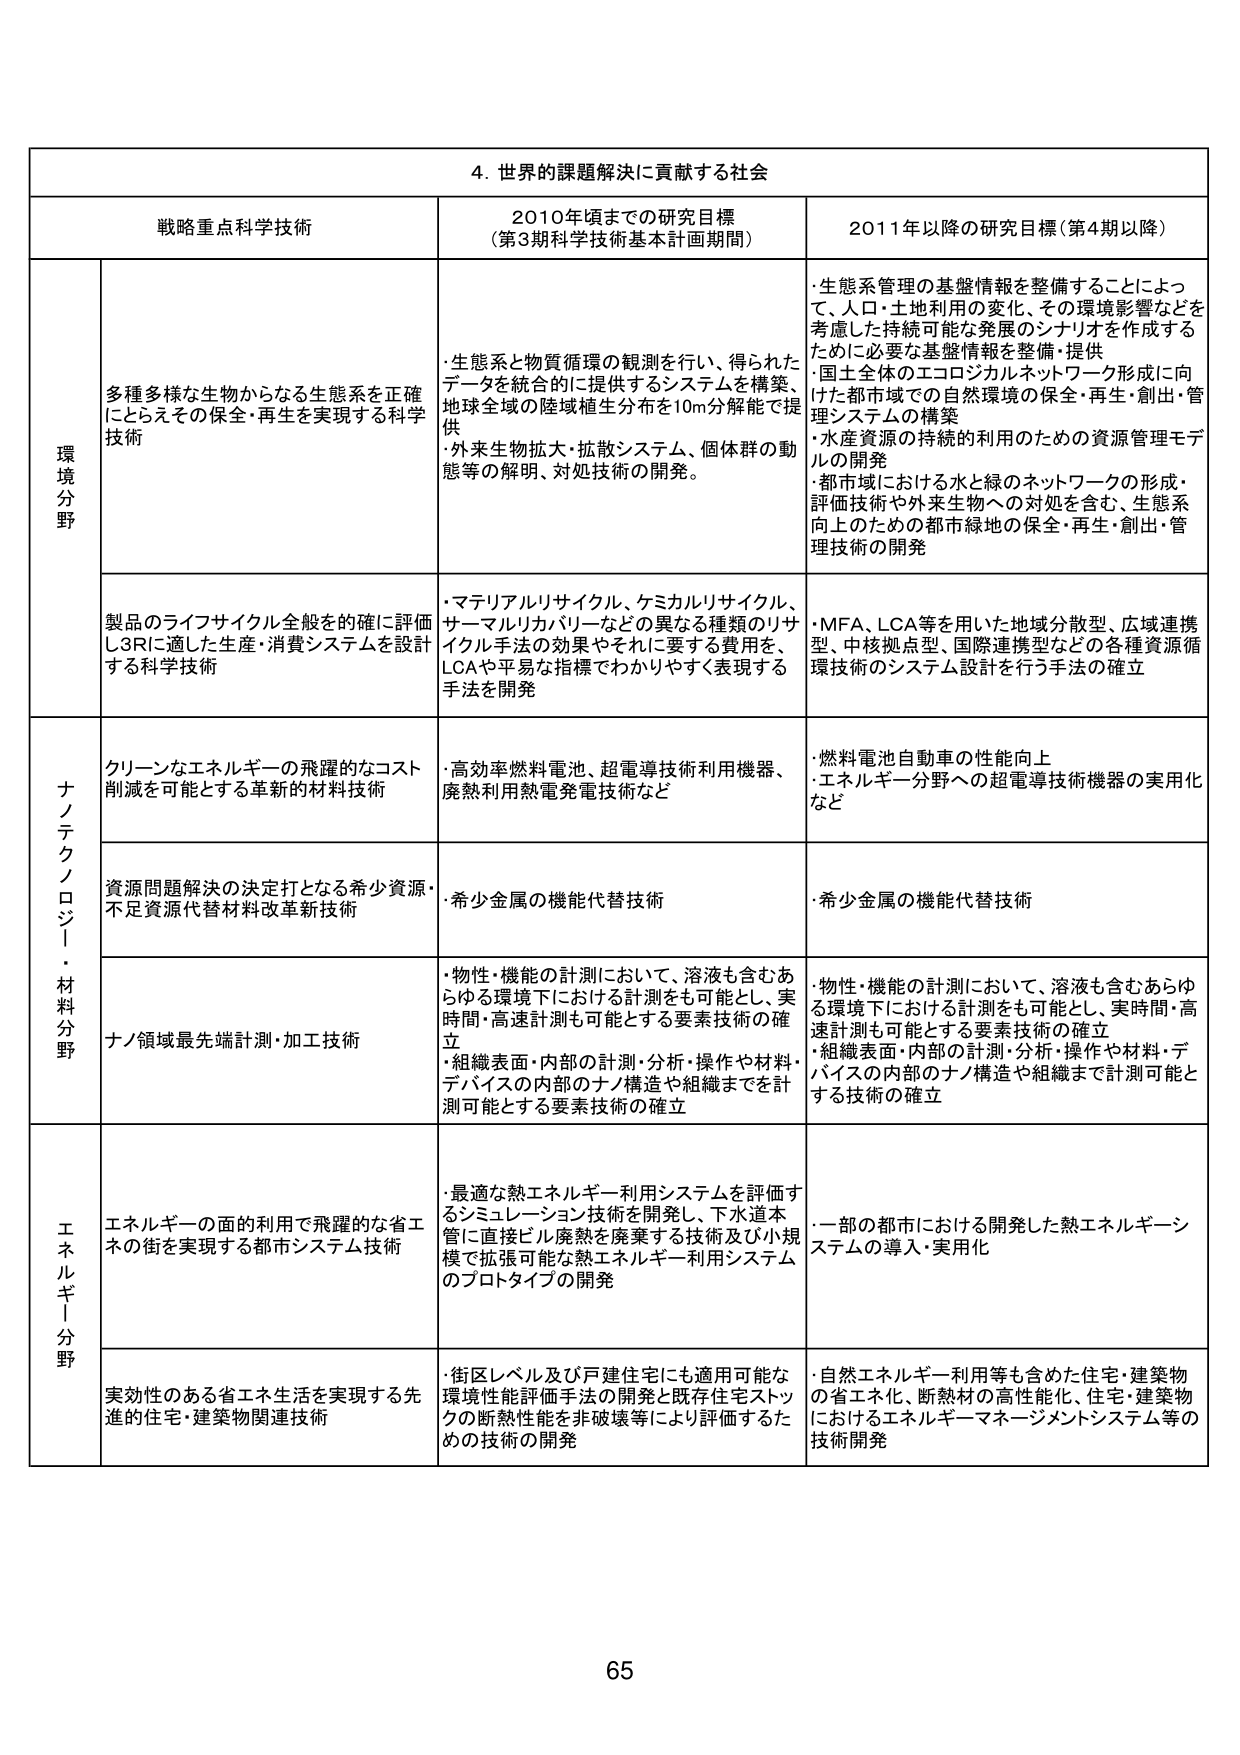
4. 世界の課題解決に貢献する社会

戦略重点科学技術 2010年頃までの研究目標 （第3期科学技術基本計画期間） 2011年以降の研究目標（第4期以降）

環境分野

多種多様な生物からなる生態系を正確にとらえその保全・再生を実現する科学技術
・生態系と物質循環の観測を行い、得られたデータを統合的に提供するシステムを構築、地球全域の陸域植生分布を10m分解能で提供
・外来生物拡大・拡散システム、個体群の動態等の解明、対処技術の開発。
・生態系管理の基盤情報を整備することによって、人口・土地利用の変化、その環境影響などを考慮した持続可能な発展のシナリオを作成するために必要な基盤情報を整備・提供
・国土全体のエコロジカルネットワーク形成に向けた都市域での自然環境の保全・再生・創出・管理システムの構築
・水産資源の持続的利用のための資源管理モデルの開発
・都市域における水と緑のネットワークの形成・評価技術や外来生物への対処を含む、生態系向上のための都市緑地の保全・再生・創出・管理技術の開発

製品のライフサイクル全般を的確に評価し3Rに適した生産・消費システムを設計する科学技術
・マテリアルリサイクル、ケミカルリサイクル、サーマルリカバリーなどの異なる種類のリサイクル手法の効果やそれに要する費用を、LCAや平易な指標でわかりやすく表現する手法を開発
・MFA、LCA等を用いた地域分散型、広域連携型、中核拠点型、国際連携型などの各種資源循環技術のシステム設計を行う手法の確立

ナノテクノロジー・材料分野

クリーンなエネルギーの飛躍的なコスト削減を可能とする革新的材料技術
・高効率燃料電池、超電導技術利用機器、廃熱利用熱電発電技術など
・燃料電池自動車の性能向上
・エネルギー分野への超電導技術機器の実用化など

資源問題解決の決定打となる希少資源・不足資源代替材料改革新技術
・希少金属の機能代替技術
・希少金属の機能代替技術

ナノ領域最先端計測・加工技術
・物性・機能の計測において、溶液も含むあらゆる環境下における計測をも可能とし、実時間・高速計測も可能とする要素技術の確立
・組織表面・内部の計測・分析・操作や材料・デバイスの内部のナノ構造や組織までを計測可能とする要素技術の確立
・物性・機能の計測において、溶液も含むあらゆる環境下における計測をも可能とし、実時間・高速計測も可能とする要素技術の確立
・組織表面・内部の計測・分析・操作や材料・デバイスの内部のナノ構造や組織までを計測可能とする技術の確立

エネルギー分野

エネルギーの面的利用で飛躍的な省エネの街を実現する都市システム技術
・最適な熱エネルギー利用システムを評価するシミュレーション技術を開発し、下水道本管に直接ビル廃熱を廃棄する技術及び小規模で拡張可能な熱エネルギー利用システムのプロトタイプの開発
・一部の都市における開発した熱エネルギーシステムの導入・実用化

実効性のある省エネ生活を実現する先進的住宅・建築物関連技術
・街区レベル及び戸建住宅にも適用可能な環境性能評価手法の開発と既存住宅ストックの断熱性能を非破壊等により評価するための技術の開発
・自然エネルギー利用等も含めた住宅・建築物の省エネ化、断熱材の高性能化、住宅・建築物におけるエネルギーマネージメントシステム等の技術開発

65